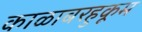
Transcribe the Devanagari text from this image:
काळाबरहुकूम